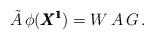
LaTeX: \begin{align*}\tilde A \, \phi ({\pmb{X^1}})= W \, A \, G \, .\end{align*}